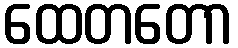
ထေတတော